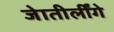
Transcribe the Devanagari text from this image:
जेातीर्लींगे